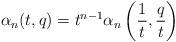
LaTeX: \begin{align*} \alpha_n(t,q) = t^{n-1}\alpha_n\left(\frac{1}{t},\frac{q}{t}\right) \end{align*}